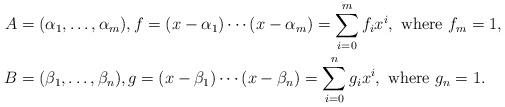
LaTeX: \begin{align*}A&=(\alpha_1,\dots, \alpha_m),f=(x-\alpha_1)\cdots (x-\alpha_m)=\sum_{i=0}^m f_ix^i,\ \mbox{where} \ f_m=1,\\B&=(\beta_1,\dots, \beta_n),g=(x-\beta_1)\cdots (x-\beta_n)=\sum_{i=0}^n g_ix^i ,\ \mbox{where} \ g_n=1.\end{align*}